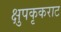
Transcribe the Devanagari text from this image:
क्षुपकृकराट